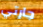
جارتي